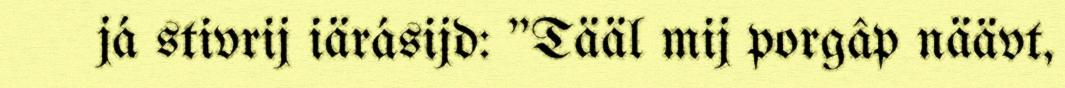
já stivrij iärásijd: "Tääl mij porgâp näävt,